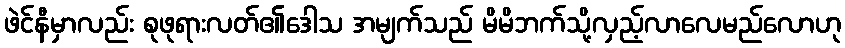
ဖဲင်နီမှာလည်း စုဖုရားလတ်၏ဒေါသ အမျက်သည် မိမိဘက်သို့လှည့်လာလေမည်လောဟု